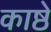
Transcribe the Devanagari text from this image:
काष्ठे